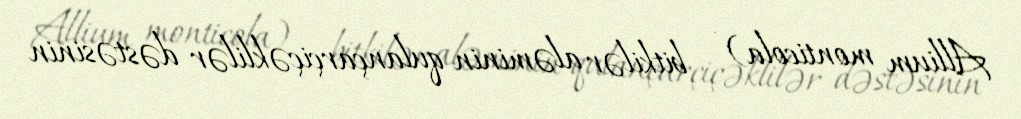
Allium monticola) — bitkilər aləminin qulançarçiçəklilər dəstəsinin